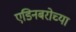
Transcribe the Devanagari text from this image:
एडिनबरोच्या